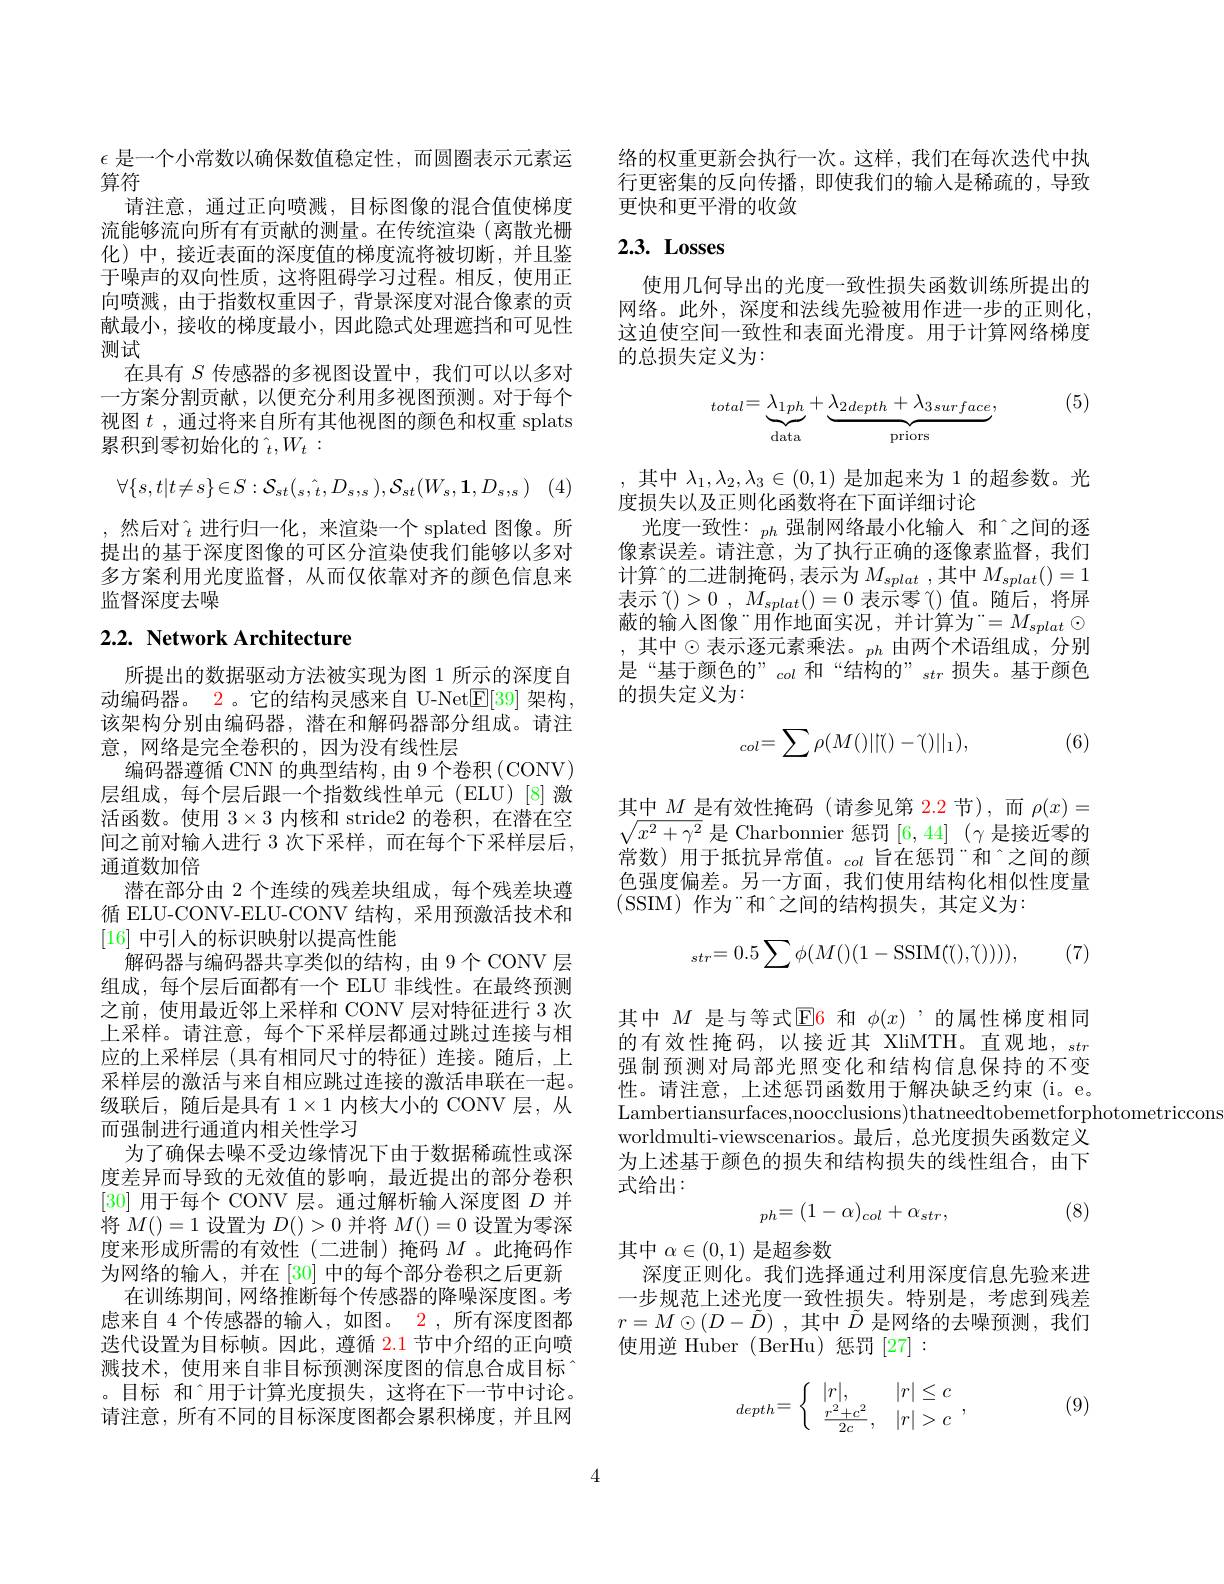
$\epsilon$是一个小常数以确保数值稳定性，而圆圈表示元素运
算符
请注意，通过正向喷溅，目标图像的混合值使梯度流能够流向所有有贡献的测量。在传统渲染(离散光栅化)中，接近表面的深度值的梯度流将被切断，并且鉴于噪声的双向性质，这将阻碍学习过程。相反，使用正向喷溅，由于指数权重因子，背景深度对混合像素的贡献最小，接收的梯度最小，因此隐式处理遮挡和可见性测试
在具有$S$传感器的多视图设置中，我们可以以多对一方案分割贡献，以便充分利用多视图预测。对于每个视图$t$ , 通过将来自所有其他视图的颜色和权重 splats 累积到零初始化的$\hat{_t},W_t:$
$$\forall\{s,t|t\neq s\}\in S:\mathcal{S}_{st}(_s,\hat{_t},D_s,_s),\mathcal{S}_{st}(W_s,\mathbf{1},D_s,_s)$$
,然后对$\hat{_t}$进行归一化，来渲染一个 splated 图像。所提出的基于深度图像的可区分渲染使我们能够以多对多方案利用光度监督，从而仅依靠对齐的颜色信息来监督深度去噪

# 2.2. Network Architecture

所提出的数据驱动方法被实现为图 1 所示的深度自动编码器。2。它的结构灵感来自 U-Net$\underline{\mathrm{E}}[39]$架构， 该架构分别由编码器，潜在和解码器部分组成。请注意，网络是完全卷积的，因为没有线性层
编码器遵循 CNN 的典型结构，由 9 个卷积 (CONV) 层组成，每个层后跟一个指数线性单元(ELU)[8]激活函数。使用$3\times3$内核和 stride2 的卷积，在潜在空间之前对输人进行 3 次下采样，而在每个下采样层后， 通道数加倍
潜在部分由 2 个连续的残差块组成，每个残差块遵循 ELU-CONV-ELU-CONV 结构，采用预激活技术和[16]中引人的标识映射以提高性能
解码器与编码器共享类似的结构，由9个CONV层组成，每个层后面都有一个 ELU 非线性。在最终预测之前，使用最近邻上采样和 CONV 层对特征进行 3 次上采样。请注意，每个下采样层都通过跳过连接与相应的上采样层(具有相同尺寸的特征)连接。随后，上采样层的激活与来自相应跳过连接的激活串联在一起。级联后，随后是具有$1\times1$内核大小的 CONV 层，从而强制进行通道内相关性学习
为了确保去噪不受边缘情况下由于数据稀疏性或深度差异而导致的无效值的影响，最近提出的部分卷积[30]用于每个 CONV 层。通过解析输人深度图$D$并将$M()=1$设置为$D()>0$并将$M()=0$设置为零深度来形成所需的有效性(二进制)掩码$M$ 。此掩码作为网络的输入，并在[30]中的每个部分卷积之后更新
在训练期间，网络推断每个传感器的降噪深度图。考虑来自 4 个传感器的输入，如图。2 ,所有深度图都迭代设置为目标帧。因此，遵循 2.1 节中介绍的正向喷溅技术，使用来自非目标预测深度图的信息合成目标“ 。目标 和[INDEX]用于计算光度损失，这将在下一节中讨论。请注意，所有不同的目标深度图都会累积梯度，并且网

络的权重更新会执行一次。这样，我们在每次迭代中执行更密集的反向传播，即使我们的输入是稀疏的，导致更快和更平滑的收敛

# $2. 3. \textbf{ Losses}$

使用几何导出的光度一致性损失函数训练所提出的网络。此外，深度和法线先验被用作进一步的正则化， 这迫使空间一致性和表面光滑度。用于计算网络梯度的总损失定义为：

(5)
$$_{total}=\underbrace{\lambda_{1ph}}_{\text{data}}+\underbrace{\lambda_{2depth}+\lambda_{3surface}}_{\text{priors}},$$
,其中$\lambda_1,\lambda_2,\lambda_3\in(0,1)$是加起来为 1 的超参数。光
度损失以及正则化函数将在下面详细讨论
光度一致性：$_{ph}$强制网络最小化输入 和[INDEX]之间的逐像素误差。请注意，为了执行正确的逐像素监督，我们$计算^的二进制掩码，表示为 M_{splat},其中 M_{splat}()=1$ 表示$\hat{( } ) > 0$ , $M_{splat}( ) = 0$ $\dot{\text{表 示 零 }}$()值。随后，将屏蔽的输入图像“用作地面实况，并计算为“=M_{splat}$\odot$ ,其中$\odot\text{表示逐元素乘法。}_{ph}$由两个术语组成，分别是“基于颜色的”$_col\text{ 和“结构的”}_{str}$损失。基于颜色的损失定义为：
$$_{col}=\sum\rho(M()||()-\hat{(})||_1),$$
(6)

其中$M$是有效性掩码 (请参见第 2.2 节),而$\rho(x)=$ $\sqrt{x^2+\gamma^2}$是 Charbonnier 惩罚[6,44] ($\gamma$是接近零的常数) 用于抵抗异常值。$_col\text{ 旨在惩罚“和}^{\circ}$之间的颜色强度偏差。另一方面，我们使用结构化相似性度量(SSIM)作为“和”之间的结构损失，其定义为：
$$_{str}=0.5\sum\phi(M()(1-\mathrm{SSIM}((),\hat{(})))),$$
(7)

其中$M$是与等式$\operatorname{E}$6 和$\phi(x)$ ,的属性梯度相同的有效性掩码，以接近其 XliMTH。直观地，str 强制预测对局部光照变化和结构信息保持的不变性。请注意，上述惩罚函数用于解决缺乏约束(i。e。Lambertiansurfaces,noocclusions)thatneedtobemetforphotometriccons
worldmulti-viewscenarios。最后，总光度损失函数定义为上述基于颜色的损失和结构损失的线性组合，由下式给出：

, (8)
$$_{ph}=(1-\alpha)_{col}+\alpha_{str},$$
其中$\alpha\in(0,1)$是超参数
深度正则化。我们选择通过利用深度信息先验来进一步规范上述光度一致性损失。特别是，考虑到残差$r= M\odot ( D- \tilde{D} )$ ,其中$\tilde{D}$是网络的去噪预测，我们使用逆 Huber (BerHu)惩罚[27]:

(9)
$$depth=\left\{\begin{array}{ll}|r|,&|r|\leq c\\\frac{r^2+c^2}{2c},&|r|>c\end{array}\right.,$$
4